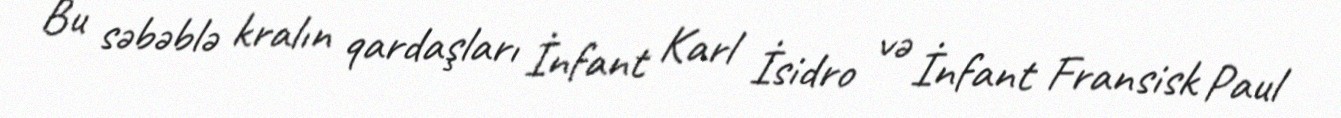
Bu səbəblə kralın qardaşları İnfant Karl İsidro və İnfant Fransisk Paul